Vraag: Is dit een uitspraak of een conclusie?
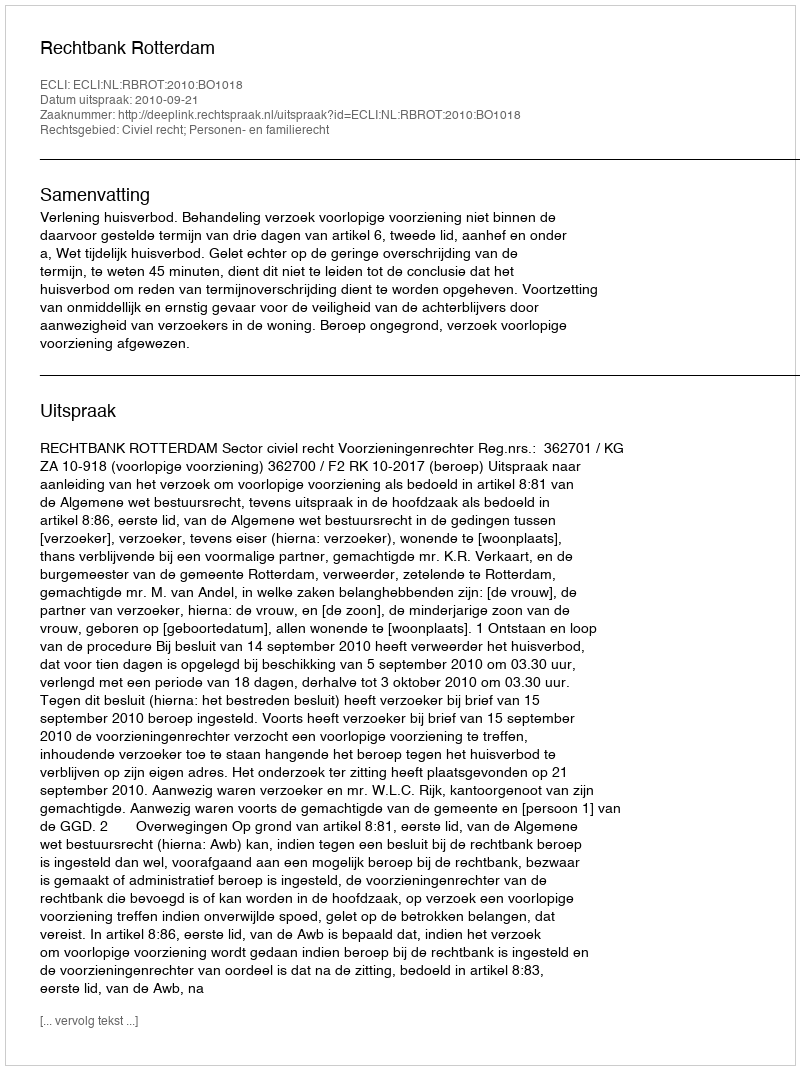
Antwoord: Uitspraak